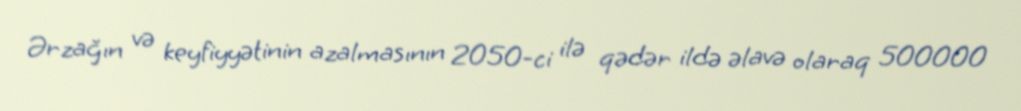
Ərzağın və keyfiyyətinin azalmasının 2050-ci ilə qədər ildə əlavə olaraq 500000